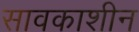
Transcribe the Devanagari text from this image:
सावकाशीन